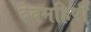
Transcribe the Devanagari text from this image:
देवमहिषी